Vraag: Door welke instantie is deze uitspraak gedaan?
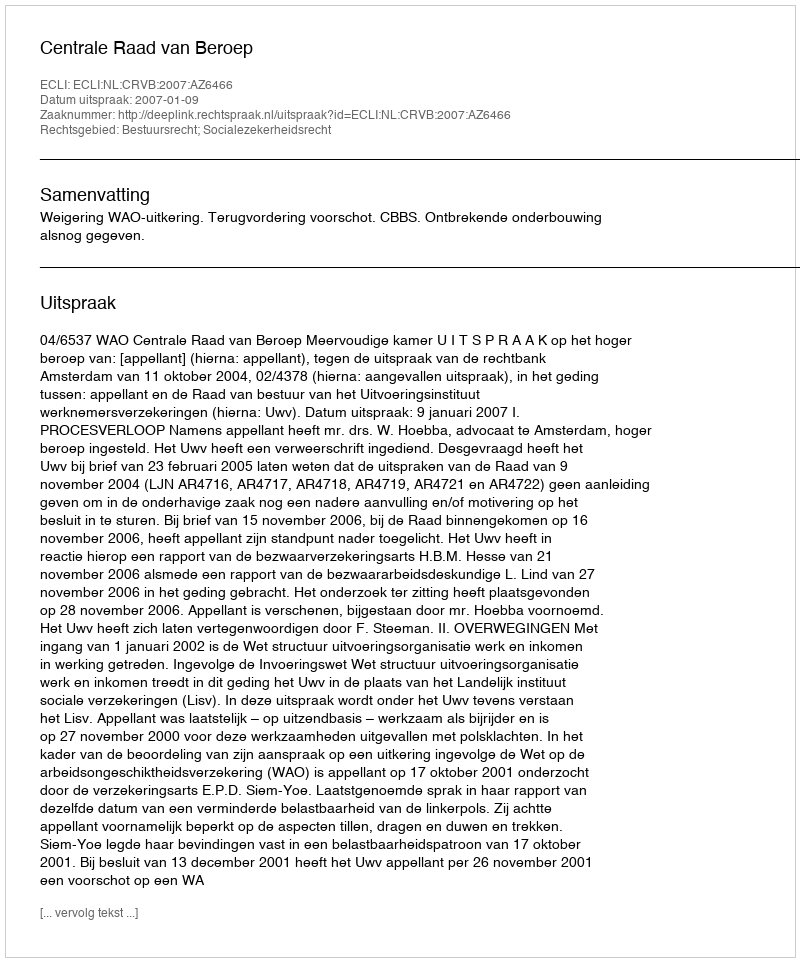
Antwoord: Centrale Raad van Beroep